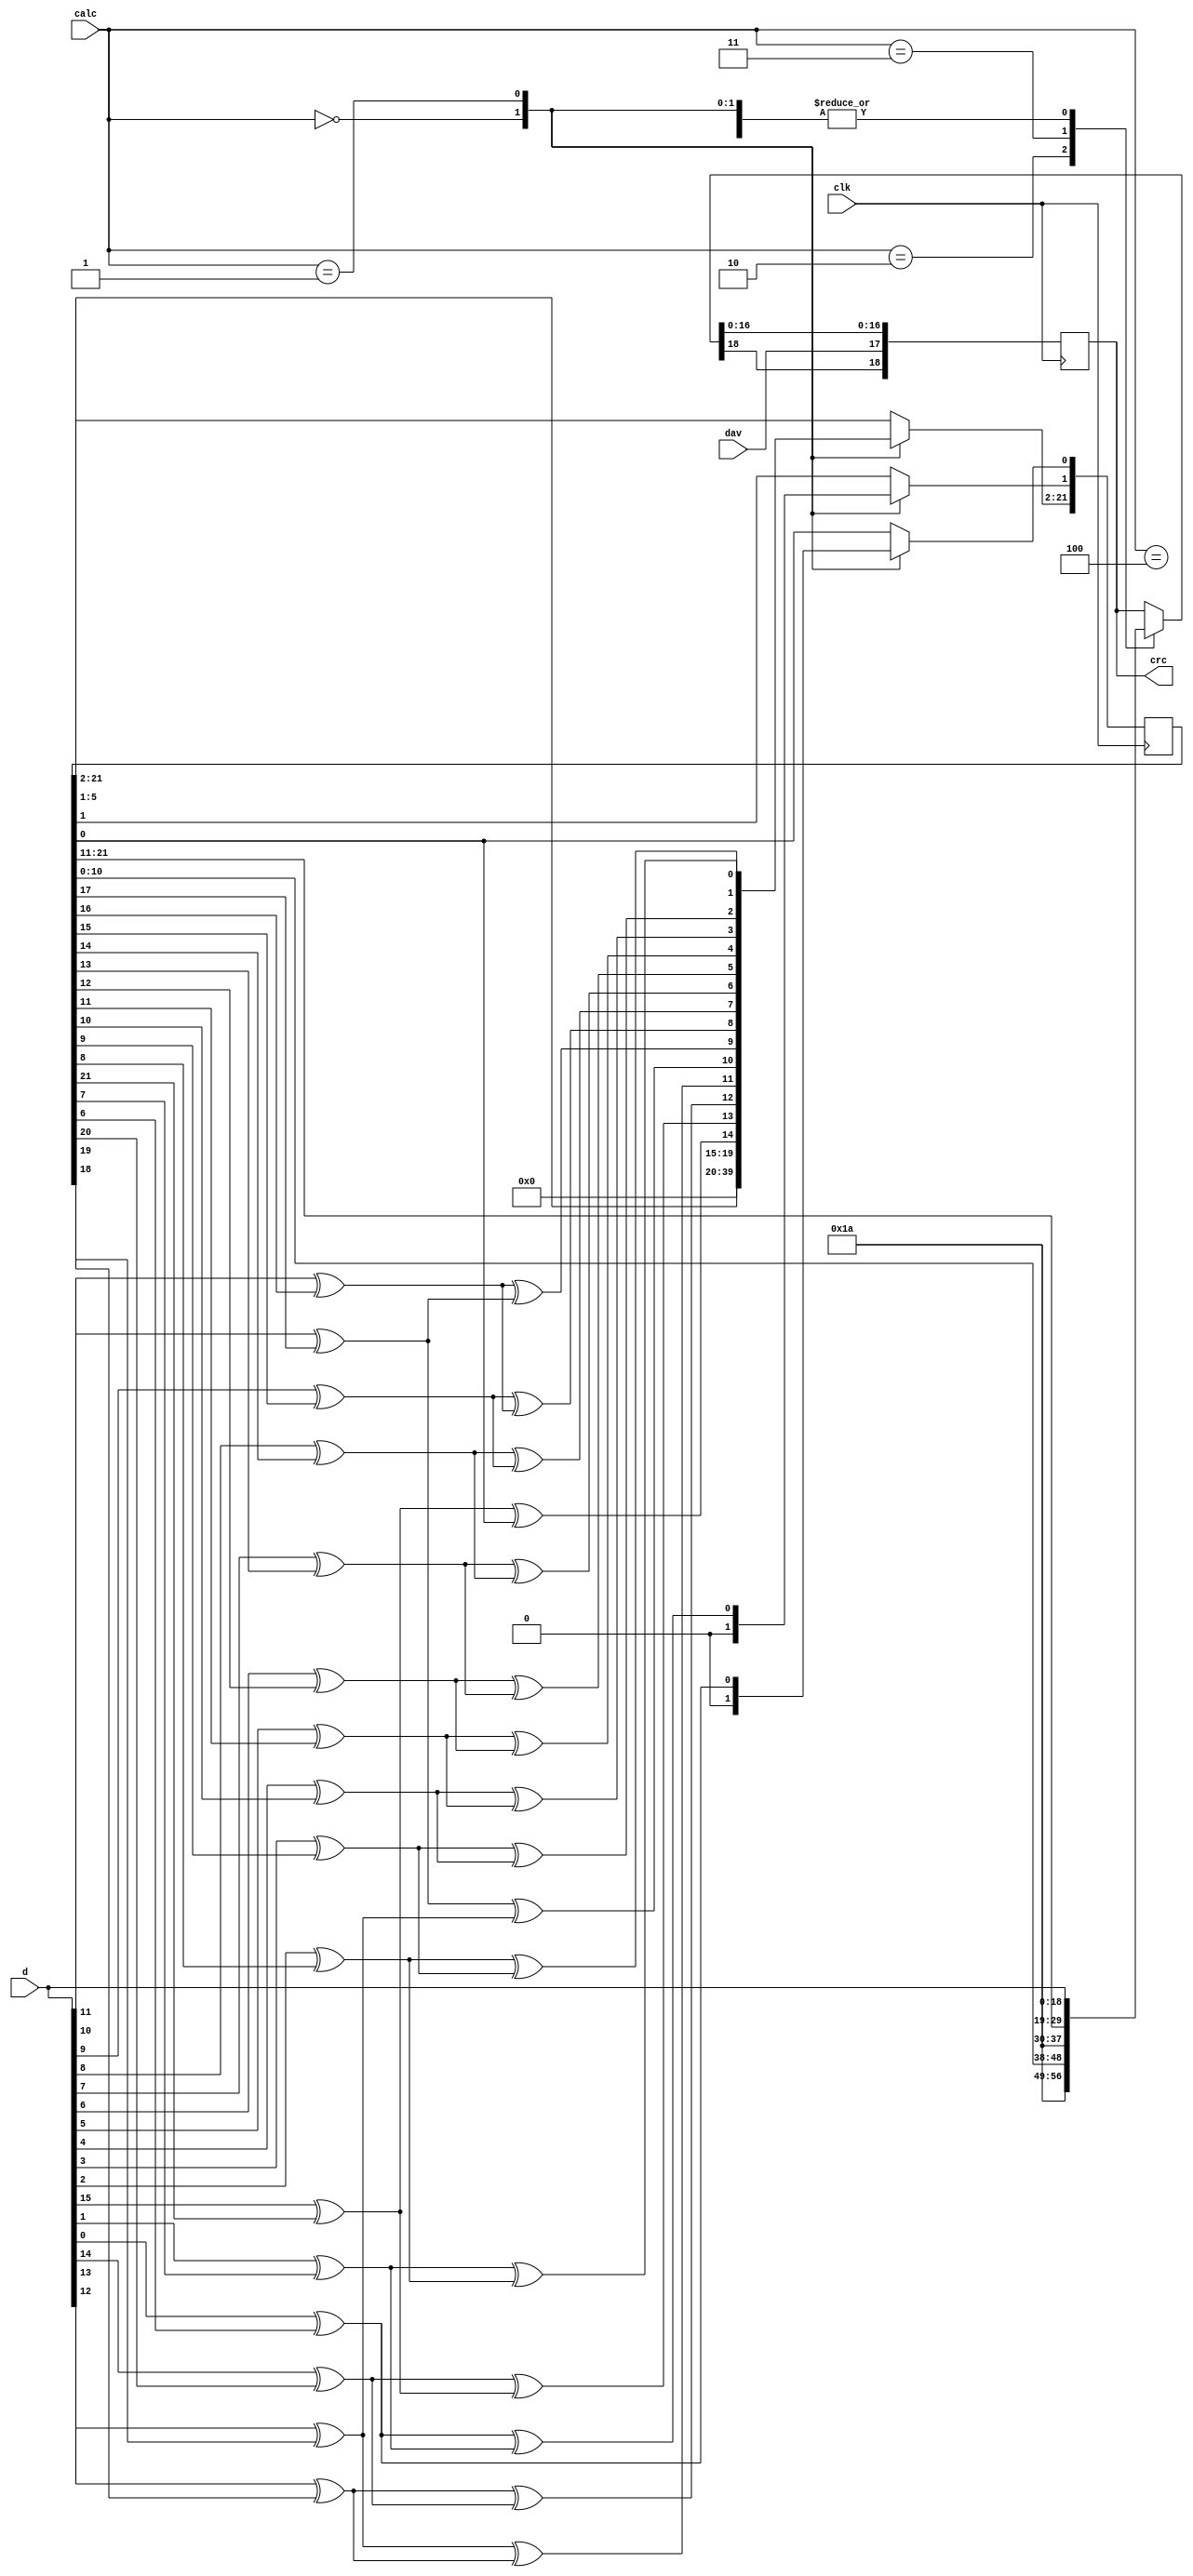
// This  Verilog HDL  source  file was  automatically generated
// by C++ model based on VPP library. Modification of this file
// is possible, but if you want to keep it in sync with the C++
// model,  please  modify  the model and re-generate this file.
// VPP library web-page: http://www.phys.ufl.edu/~madorsky/vpp/

// Timestamp : Mon Aug  6 09:13:51 2012

module crcgen
(
    d,
    crc,
    calc,
    dav,
    clk
);

    input [18:0] d;
    output [18:0] crc;
    reg    [18:0] crc;
    input [2:0] calc;
    input dav;
    input clk;

    reg [21:0] ncrc;
    reg [4:0] i;
    reg t;
    // This module implements CRC generation algorithm
    // with the following parameters:
    // Poly           = 10000000000000000000011
    // Data width     = 16
    // CRC width      = 22
    // CRC init       = 0
    // Data bit first = MSB
    always @(posedge clk) 
    begin
        case (calc)
            0 : 
            begin
                ncrc = 0;
                crc = d;
            end
            1 : 
            begin
                for (i = 16; i > 0; i = i - 1) 
                begin
                    t = d[i - 1] ^ ncrc[21];
                    ncrc[21:2] = ncrc[20:1];
                    ncrc[1] = t ^ ncrc[0];
                    ncrc[0] = t;
                end
                crc = d;
            end
            2 : 
            begin
                crc = {4'hd, 1'b0, ncrc[10:0]};
            end
            3 : 
            begin
                crc = {4'hd, 1'b0, ncrc[21:11]};
            end
            4 : 
            begin
                crc = d;
            end
        endcase
        crc[17] = dav;
    end
endmodule